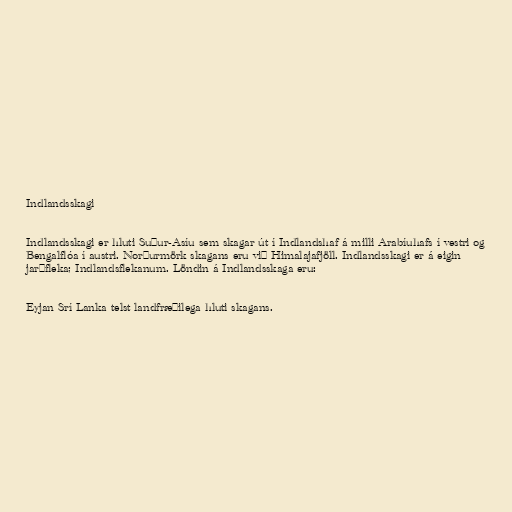
Indlandsskagi

Indlandsskagi er hluti Suður-Asíu sem skagar út í Indlandshaf á milli Arabíuhafs í vestri og
Bengalflóa í austri. Norðurmörk skagans eru við Himalajafjöll. Indlandsskagi er á eigin
jarðfleka; Indlandsflekanum. Löndin á Indlandsskaga eru:

Eyjan Srí Lanka telst landfræðilega hluti skagans.